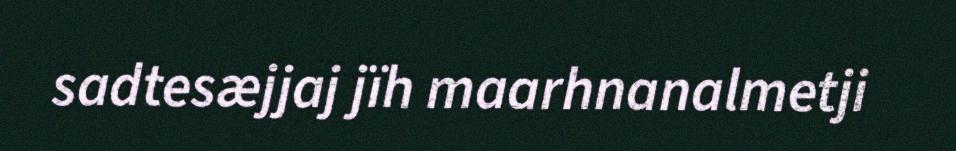
sadtesæjjaj jïh maarhnanalmetji